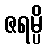
ဇရမ္ပိ